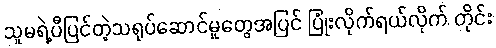
သူမရဲ့ပီပြင်တဲ့သရုပ်ဆောင်မှုတွေအပြင် ပြုံးလိုက်ရယ်လိုက် တိုင်း